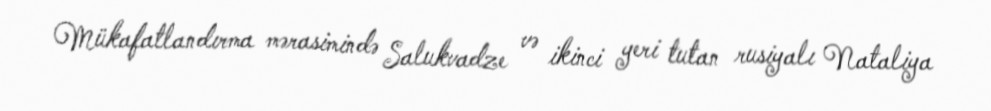
Mükafatlandırma mərasimində Salukvadze və ikinci yeri tutan rusiyalı Nataliya